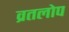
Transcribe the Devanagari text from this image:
व्रतलोप